DOW-UAP-D52, Email Correspondance, NA, August 2024
Agency: Department of War
Incident date: 10/31/24
Page 1
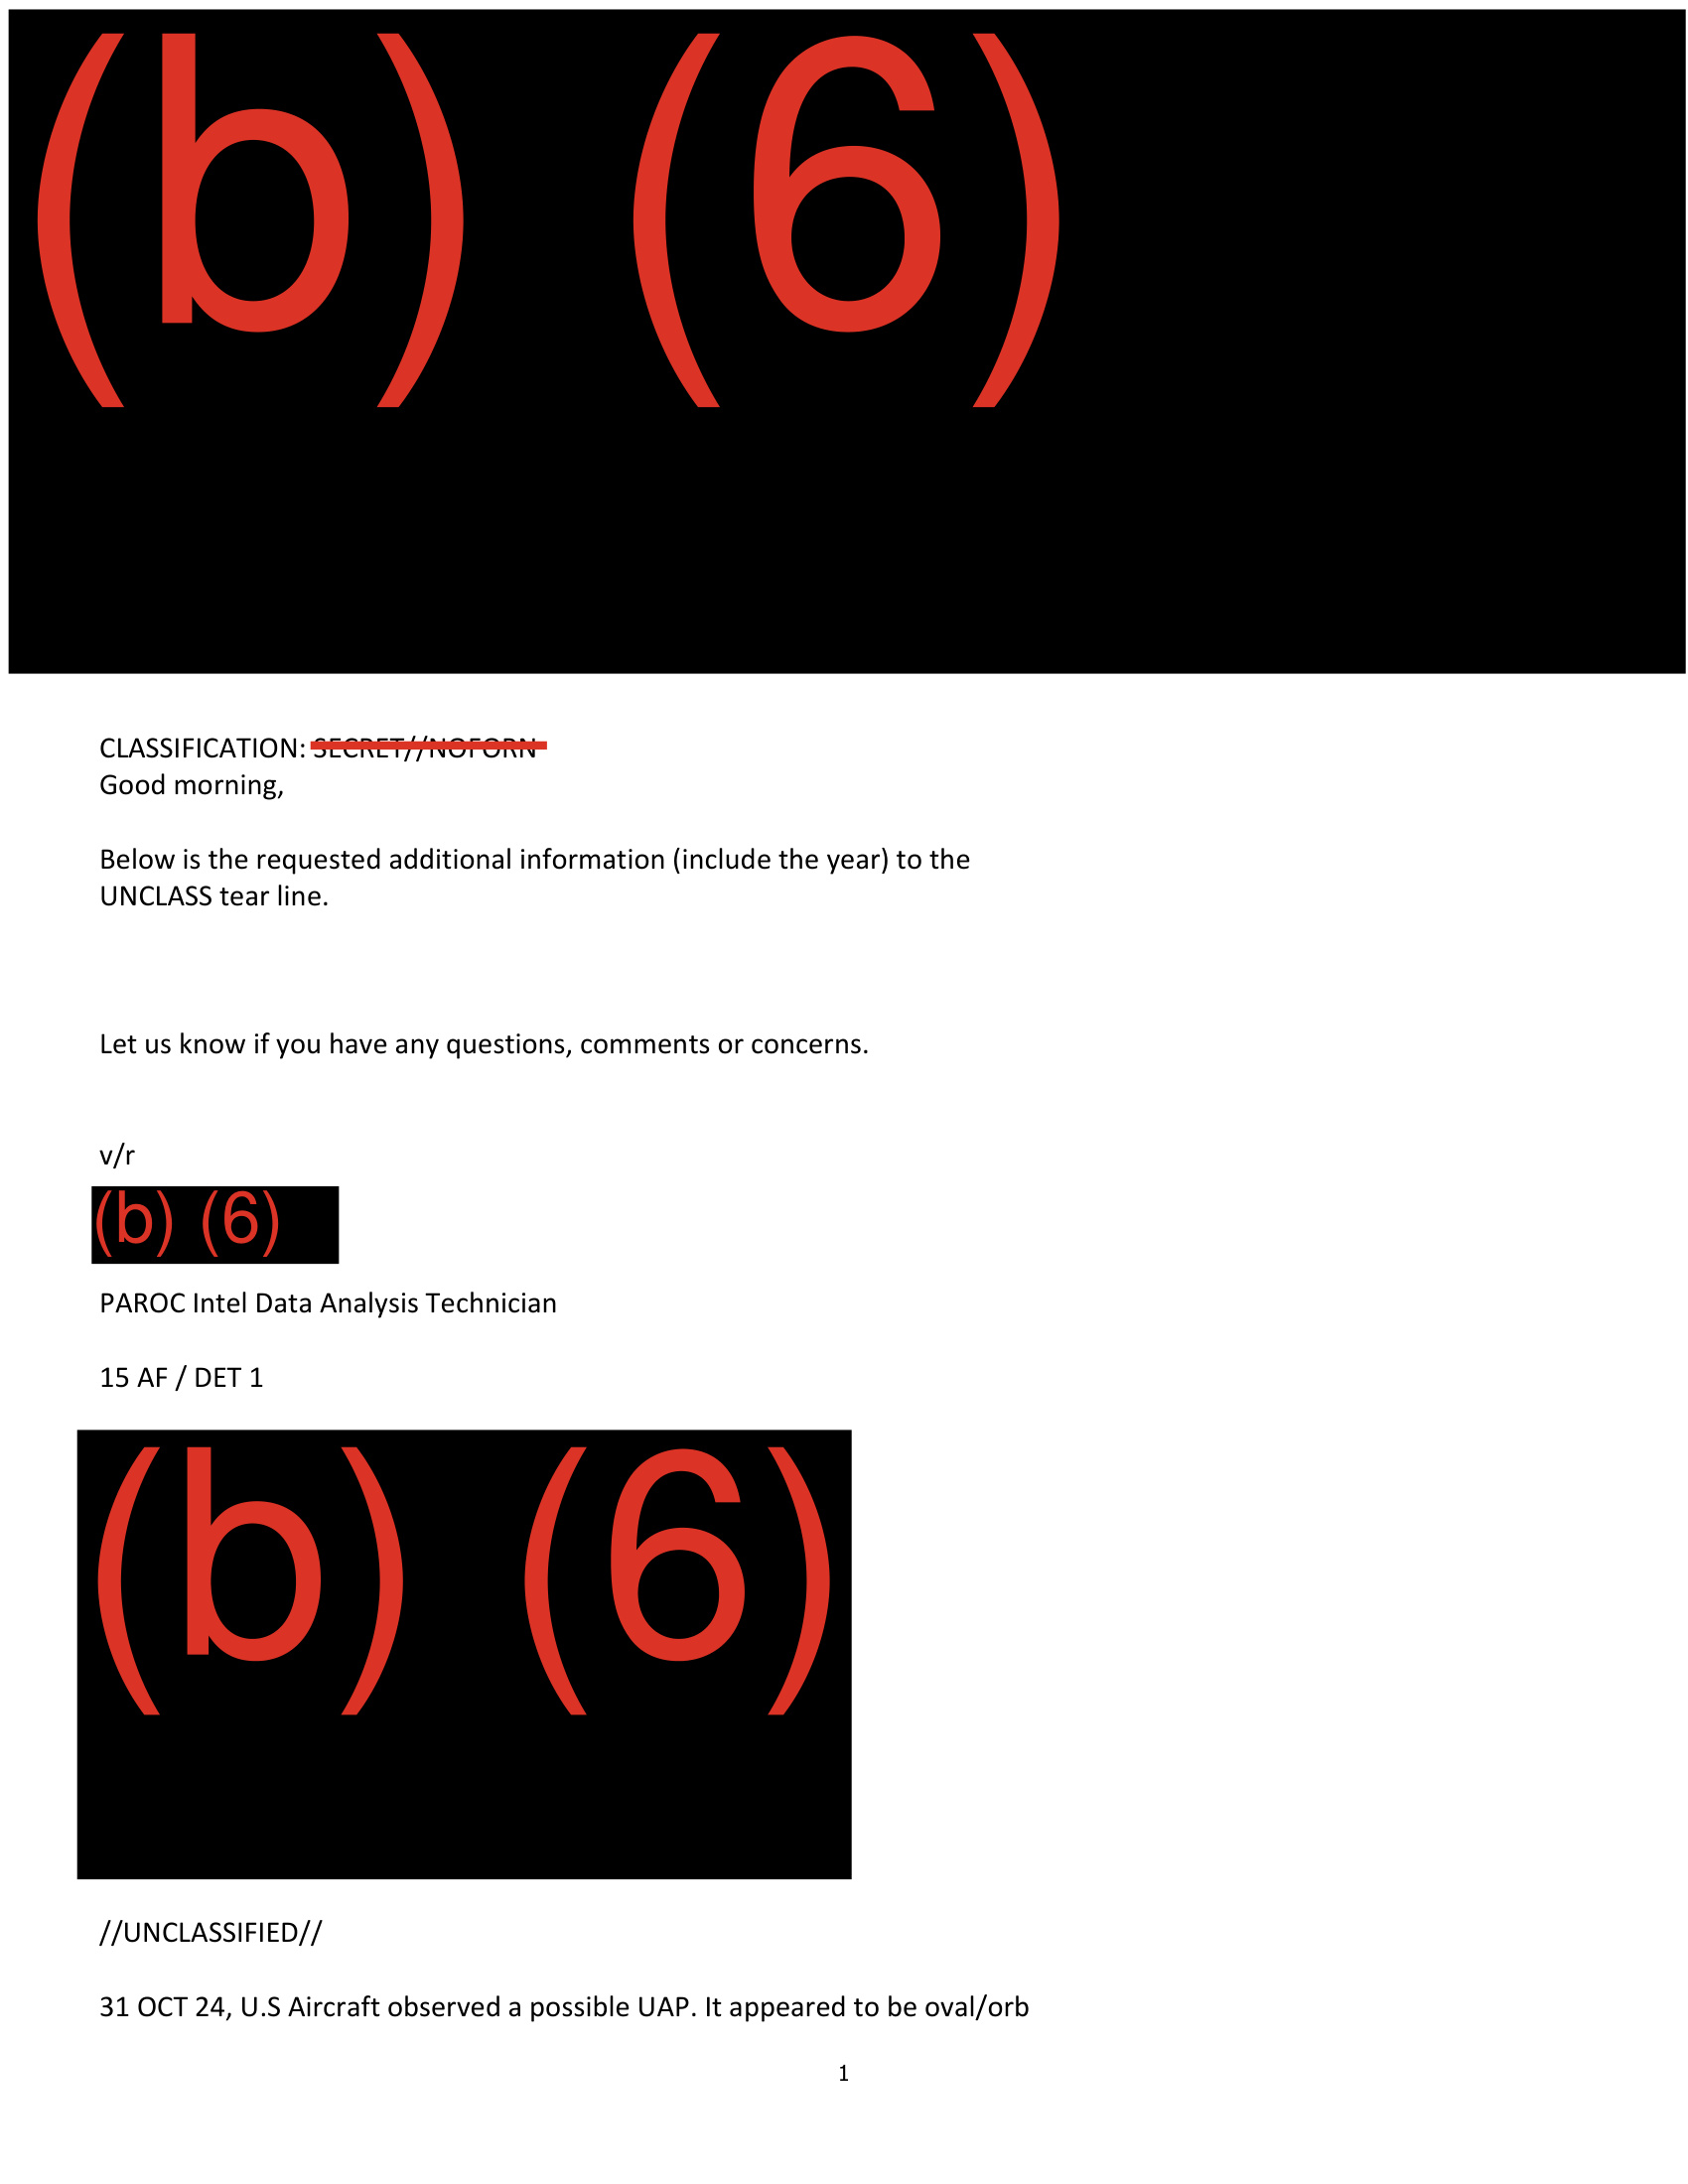